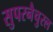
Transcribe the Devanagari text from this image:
सुपरनैचुरल